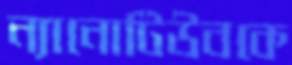
ন্যানোটিউবকে